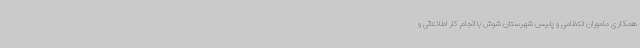
همکاری ماموران انتظامی و پلیس شهرستان شوش با انجام کار اطلاعاتی و